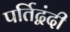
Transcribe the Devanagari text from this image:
पर्तिद्वंदी